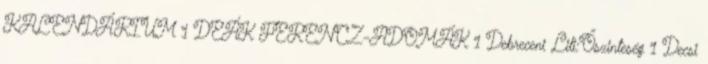
KALENDÁRIUM 1 DEÁK FERENCZ-ADOMÁK 1 Debreceni Lili:Őszinteség 1 Decsi